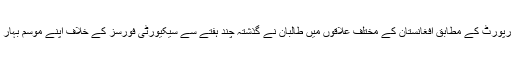
دی بلوچستان پوسٹ نیوز ڈیسک رپورٹ کے مطابق افغانستان کے مختلف علاقوں میں طالبان نے گذشتہ چند ہفتے سے سیکیورٹی فورسز کے خلاف اپنے موسم بہار کے حملے شروع کررکھے ہیں۔